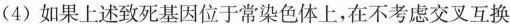
(4)如果上述致死基因位于常染色体上，在不考虑交叉互换